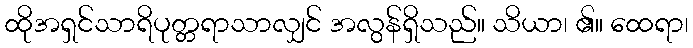
ထိုအရှင်သာရိပုတ္တရာသာလျှင် အလွန်ရှိသည်။ သိယာ၊ ၏။ ထေရာ၊